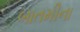
બાતમીના